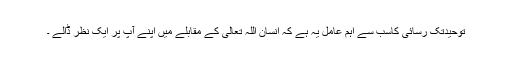
توحیدتک رسائی کاسب سے اہم عامل یہ ہے کہ انسان اللہ تعالیٰ کے مقابلے میں اپنے آپ پر ایک نظر ڈالے ۔